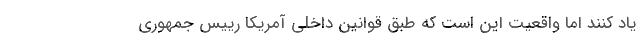
یاد کنند اما واقعیت این است که طبق قوانین داخلی آمریکا رییس جمهوری